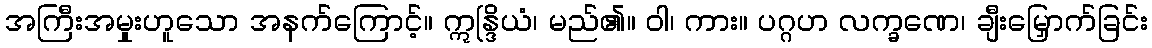
အကြီးအမှုးဟူသော အနက်ကြောင့်။ ဣန္ဒြိယံ၊ မည်၏။ ဝါ၊ ကား။ ပဂ္ဂဟ လက္ခဏေ၊ ချီးမြှောက်ခြင်း